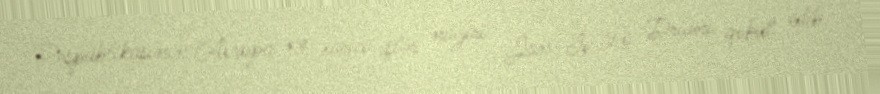
Respublikasının Avropa və xarici işlər naziri Jan-İv Lö Drianı qəbul edib.